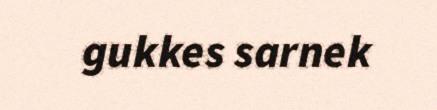
gukkes sarnek